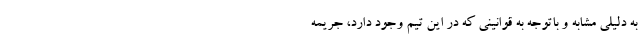
به دلیلی مشابه و باتوجه به قوانینی که در این تیم وجود دارد، جریمه